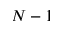
N - 1